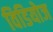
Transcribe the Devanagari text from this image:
विडियोज